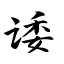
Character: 诿